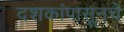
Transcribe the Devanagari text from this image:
दशकांपासूनचे